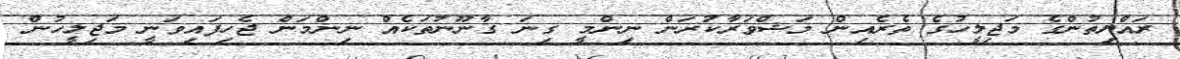
ރައްޔިތުންގެ މަޖިލީހުގެ ތެރެއިން މަޝްވަރާކުރަން ނިންމީ ގިނަ ގާނޫނުތަކެއް ނިންމަން ޖެހިފައިވަނީ މަޖިލީހުން